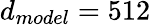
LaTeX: d_{model}=512